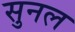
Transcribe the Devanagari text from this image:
सुनल